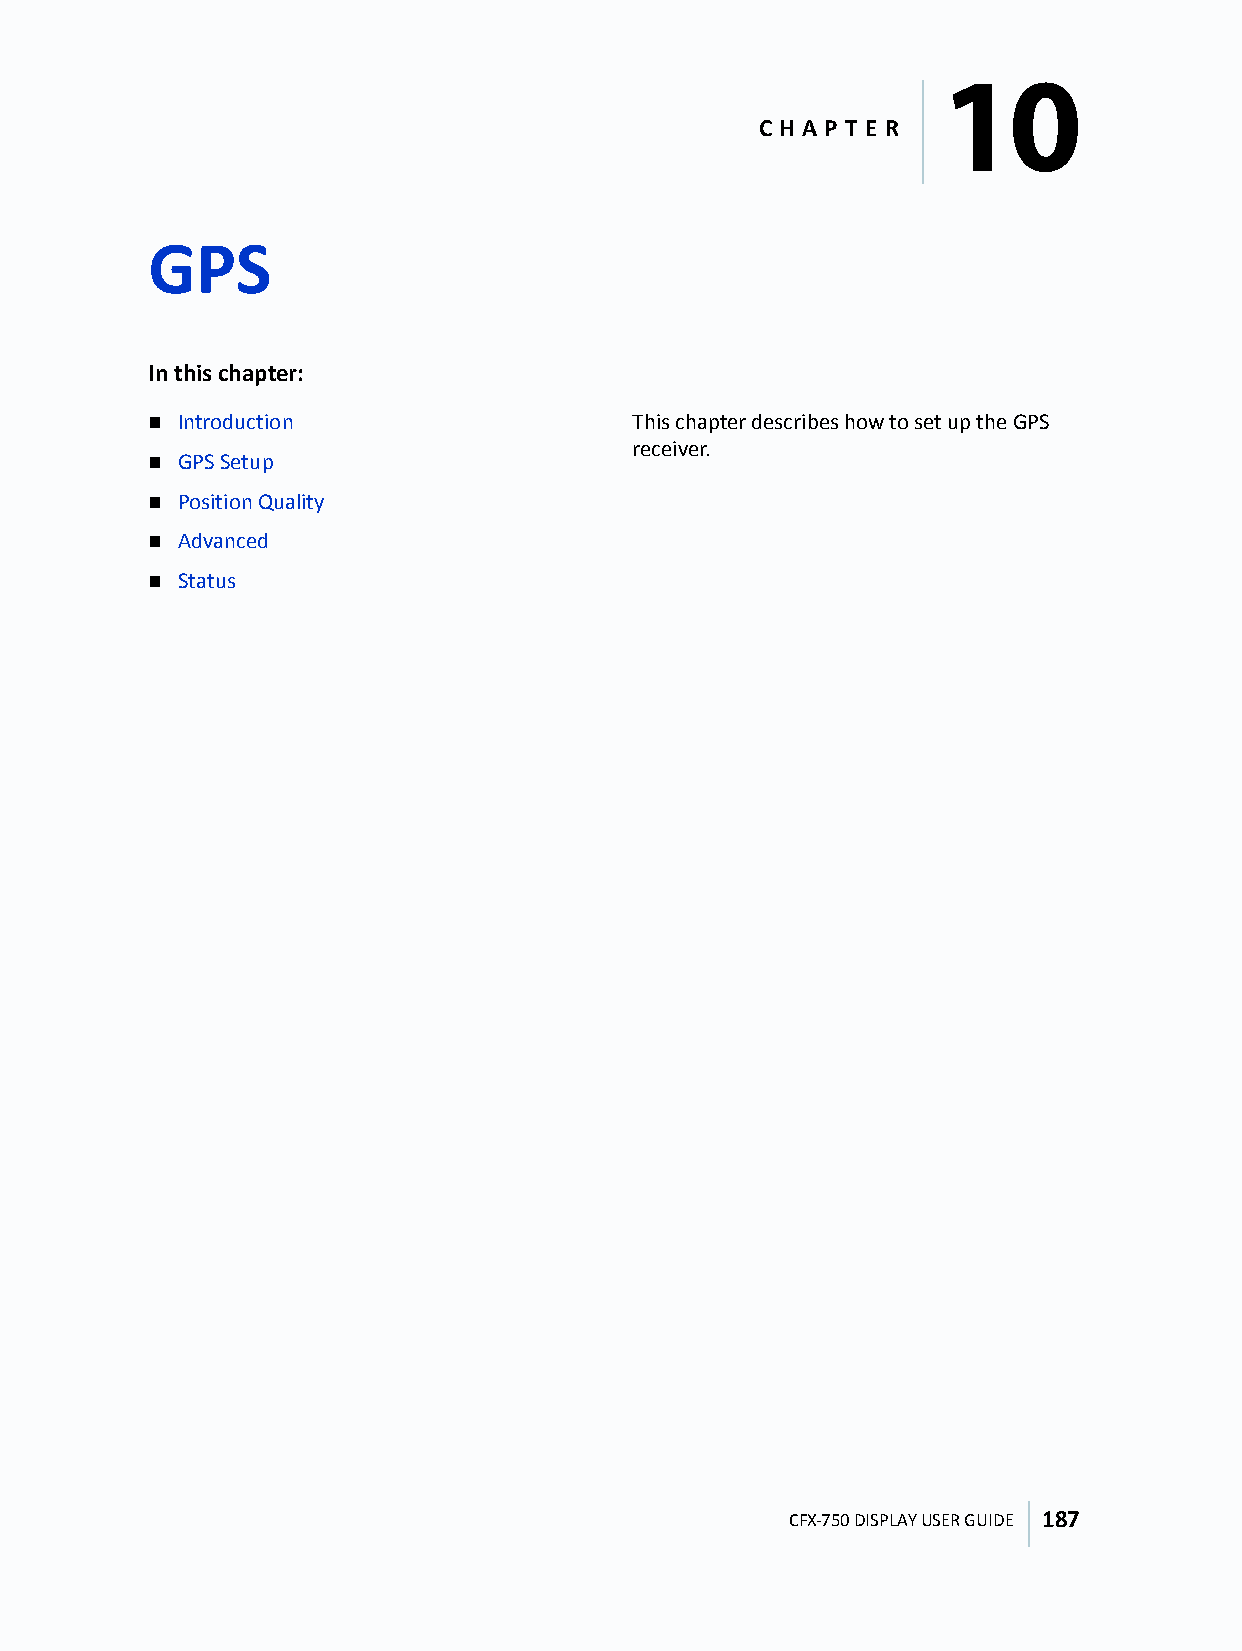
10
 C H A P T E R
 GPS
 10
 In this chapter:
  Introduction                  This chapter describes how to set up the GPS
 receiver.
  GPS Setup
  Position Quality
  Advanced
  Status
 CFX-750 DISPLAY USER GUIDE 187